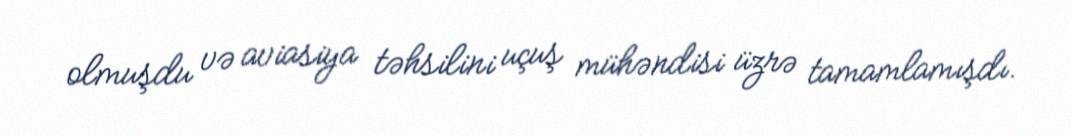
olmuşdu və aviasiya təhsilini uçuş mühəndisi üzrə tamamlamışdı.